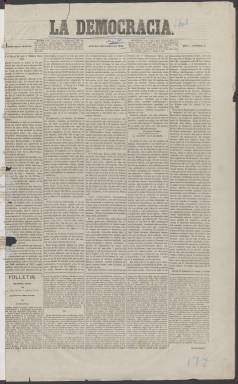
Título: La Democracia (Madrid. 1864)
Colección: Periódicos
Ámbito geográfico: Madrid
Lugar de publicación: Madrid
Fechas: 07/01/1864-21/06/1866